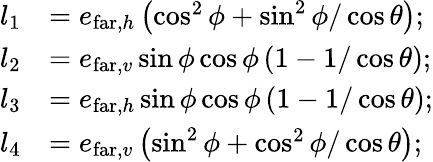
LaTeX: \begin{array}{rl}{l_{1}}&{=e_{\mathrm{far},h}\left(\cos^{2}\phi+\sin^{2}\phi/\cos\theta\right);}\\ {l_{2}}&{=e_{\mathrm{far},v}\sin\phi\cos\phi\left(1-1/\cos\theta\right);}\\ {l_{3}}&{=e_{\mathrm{far},h}\sin\phi\cos\phi\left(1-1/\cos\theta\right);}\\ {l_{4}}&{=e_{\mathrm{far},v}\left(\sin^{2}\phi+\cos^{2}\phi/\cos\theta\right);}\end{array}